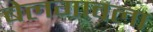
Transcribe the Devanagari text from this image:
बेलगावला